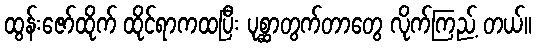
ထွန်းဇော်ထိုက် ထိုင်ရာကထပြီး ပုစ္ဆာတွက်တာတွေ လိုက်ကြည့် တယ်။